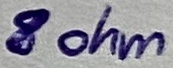
Text: 8 ohm